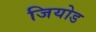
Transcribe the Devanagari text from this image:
जियोड